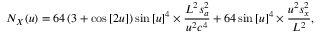
{ N _ { X } } ( u ) = 6 4 \left( { 3 + \cos \left[ { 2 u } \right] } \right) \sin { \left[ u \right] ^ { 4 } } \times \frac { { { L ^ { 2 } } s _ { a } ^ { 2 } } } { { { u ^ { 2 } } { c ^ { 4 } } } } + 6 4 \sin { \left[ u \right] ^ { 4 } } \times \frac { { { u ^ { 2 } } s _ { x } ^ { 2 } } } { { { L ^ { 2 } } } } ,